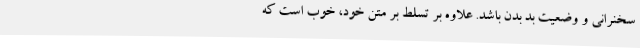
سخنرانی و وضعیت بد بدن باشد. علاوه بر تسلط بر متن خود، خوب است که